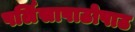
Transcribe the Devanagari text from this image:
पर्लिसापाठोपाठ